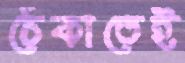
ঠেকাতেই